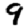
Digit: 9